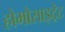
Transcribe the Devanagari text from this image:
होमोसाइट्रेट